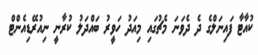
ކުއާޓާ ފައިނަލްގެ ދެ ދެވަނަ މެޗުގައި މިއަދު ހަވީރު ބައްދަލު ކުރާނީ ނިއުރޭޑިއެންޓް